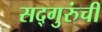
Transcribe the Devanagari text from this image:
सद्‍गुरुंची